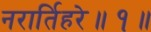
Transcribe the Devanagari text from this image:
नरार्तिहरे॥१॥